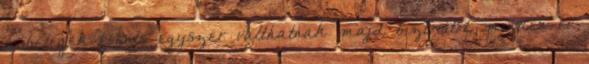
a betegek évente egyszer válthatnak majd biztosítót, minden év